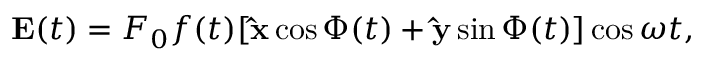
{ \bf E } ( t ) = F _ { 0 } f ( t ) [ { \bf \widehat x } \cos \Phi ( t ) + { \bf \widehat y } \sin \Phi ( t ) ] \cos \omega t ,